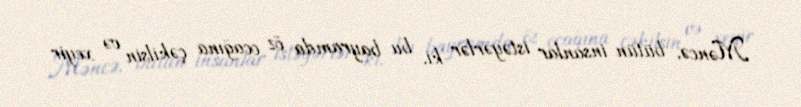
Məncə, bütün insanlar istəyərlər ki, bu bayramda öz ocağına çəkilsin və xeyir